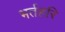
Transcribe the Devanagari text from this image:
भर्तहरि